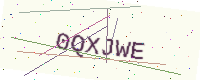
Text: 0QXJWE